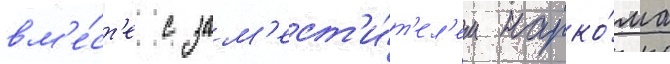
вм'е́ст'е с зам'ест'и́т'ел'ем нарко́ма